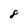
Character: 8